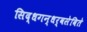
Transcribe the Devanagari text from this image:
सिद्धगन्धर्वसेविते